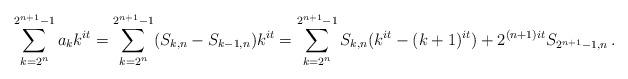
LaTeX: \begin{gather*}\sum_{k=2^n}^{2^{n+1}-1} a_kk^{it} =\sum_{k=2^n}^{2^{n+1}-1} (S_{k,n}-S_{k-1,n})k^{it} = \sum_{k=2^n}^{2^{n+1}-1} S_{k,n}(k^{it}-(k+1)^{it}) + 2^{(n+1)it}S_{2^{n+1}-1,n}\, .\end{gather*}